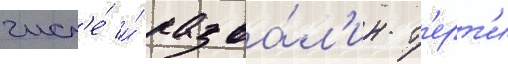
числ'е́ и́ разва́л'ин т'ерт'и